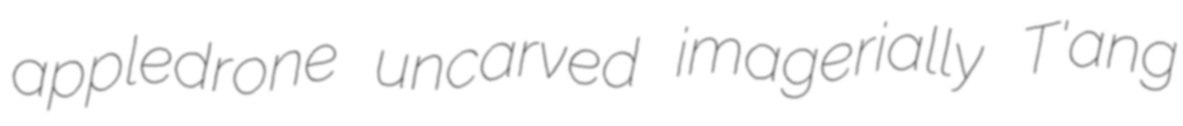
appledrone uncarved imagerially T'ang